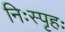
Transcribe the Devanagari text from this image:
निःस्पृहः